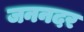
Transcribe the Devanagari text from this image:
जननदर